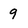
Character: 9